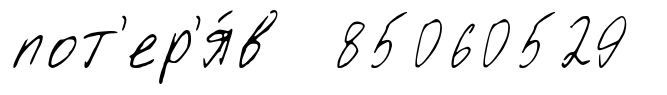
пот'ер'я́в 85060529